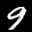
Label: 9